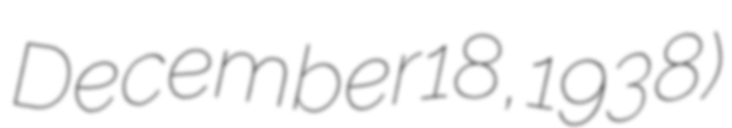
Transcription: December 18, 1938)